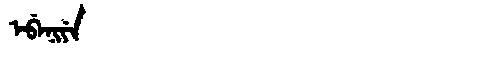
Manchu: ᡝᠪᡝᠨᡳᠶᡝ
Romanization: EBENIYE